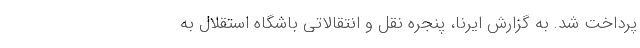
پرداخت شد. به گزارش ایرنا، پنجره نقل و انتقالاتی باشگاه استقلال به